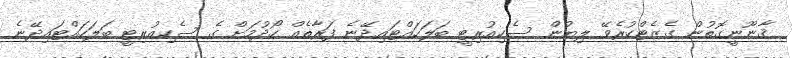
ޤާނޫނީގޮތުން ގެޒެޓްކުރެވޭ ލިޔުން ސެކިއުރިޓީ ބަލަހައްޓައިދޭނެ ފަރާތެއް ހޯދުމަށް ގެ ސެކިއުރިޓީ ބަލަހައްޓައިދޭނެ